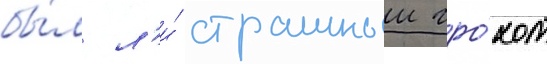
бы́л л'и́ страшныи гро́хот